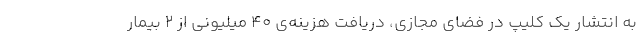
به انتشار یک کلیپ در فضای مجازی، دریافت هزینه‌ی ۴۰ میلیونی از ۲ بیمار